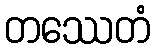
တဿေတံ